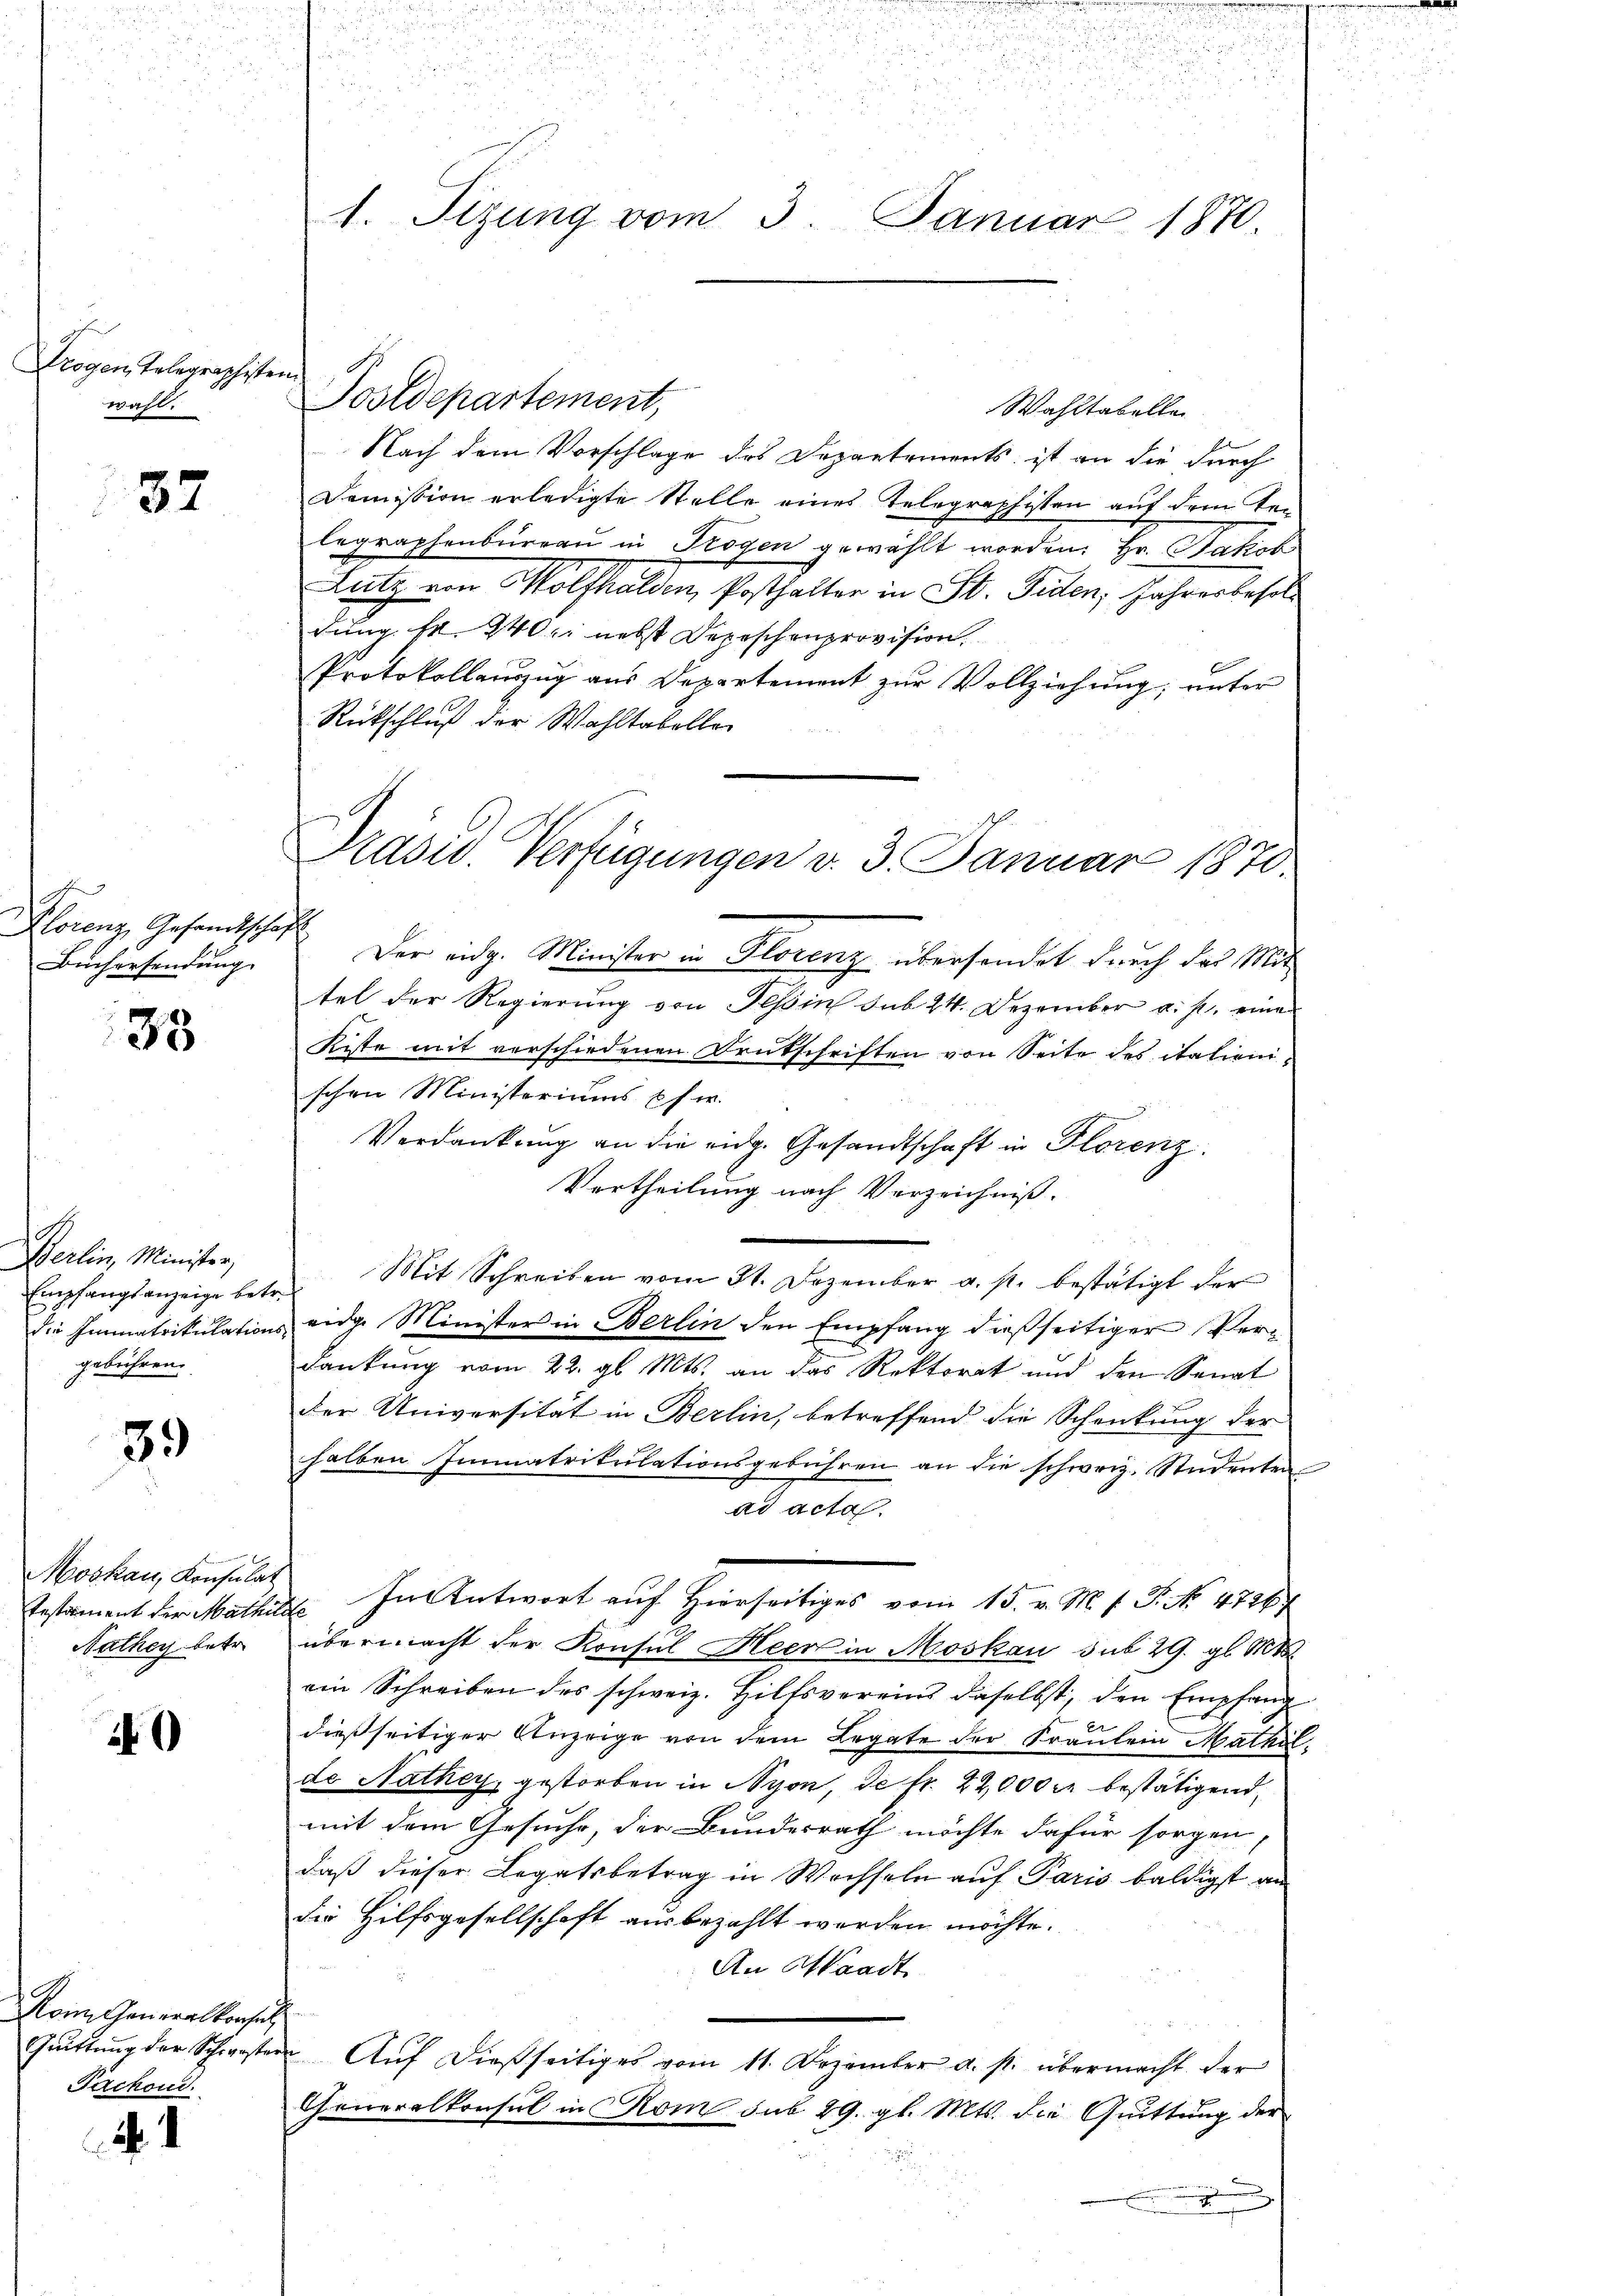
Trogen, Telegraphisten
wahl.

37

c
Florenz Gesandtschaft
Buchersendung

38

Berlin, Minister,
Empfangsanzeige betr.
gebühren.

39

Moskau, Konsulat
Nathey betr.

10

Rom. Generalkonsul
Parchon.

5
.
2
 10
2
u
1. Tizung vom 3. Januar 1870.

Postdepartement,

Präsid. Verfügungen v. 3. Januar 1870.

Wahltabellei
Nach dem Vorschlage des Departements, ist an die durch
Dommission erledigte Stelle eines Telegraphisten auf dem Te-
legraphenburgau in Trogen gewählt worden. Hr. Jakob
Lutz von Wolfhalden, Posthalter in St. Fiden, Jahresbesol
dung fr. 940 nebst Depeschenprovision.
Protokollauszug aus Departement zur Vollziehung; unter
Rückschluß der Wahltabeller
Der eidg. Minister in Florenz übersendet durch der Mit
tel der Regierung von Tessin sub 24. Dezember u. s. eine
Kiste mit verschiedenen Deutschriften von Seite des italienischen Ministeriums usw.
Verdankung an die eidg. Gesandtschaft in Florenz
Vortheilung nach Verzeichniß.
Mit Schreiben vom 31. Dezember a. s. bestätigt der
die Immatrikulations eidge Minister in Berlin den Empfang dießseitiger Verdankung vom 22. gl. Mts. an das Rektorat und den Senat
der Universität in Berlin, betreffend die Schenkung der
halben Immatrikulationsgebühren an die schweiz. Studenten
ad actes.
Testament der Mathill. In Antwort auf Hierseitiges vom 15. v. M. v. J. No. 47467
übermacht der Konsul Heer in Moskau sub 29. gl. Mt
ein Schreiben des schweiz. Hilfsvereins daselbst, den Empfang
dießseitiger Anzeige von dem Legate der Fraulein Mathil
de Nathey, gestorben in Nyon, de fr. 22,000 kr bestätigend,
mit dem Gesuche, der Bundesrath möchte dafür sorgen,
daß dieser Legatsbetrag in Wechseln auf Paris baldigst an
die Hilfsgesellschaft ausbezahlt werden möchte.
An Waadt
Gruttung der Schwestern Aŭf dießseitiges vom 11. Dezember a. p. übermacht der
Generalkonsul in Rom sub 29. gl. Mts. die Quittung der
.

2